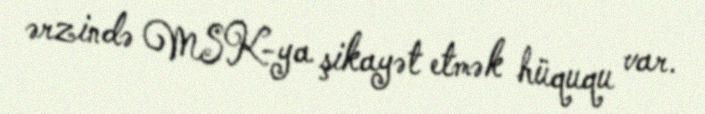
ərzində MSK-ya şikayət etmək hüququ var.